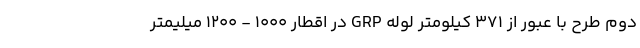
دوّم طرح با عبور از ۳۷۱ کیلومتر لوله GRP در اقطار 1000 - 1200 میلیمتر